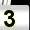
Digit: 3